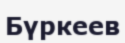
Бүркеев